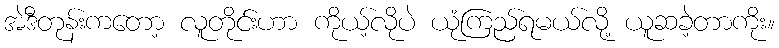
အဲဒီတုန်းကတော့ လူတိုင်းဟာ ကိုယ့်လိုပဲ ယုံကြည်ရမယ်လို့ ယူဆခဲ့တာကိုး။